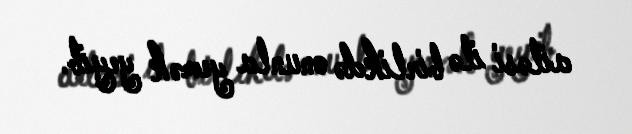
ailəsi ilə birlikdə onunla yemək yeyib.